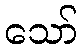
သော်